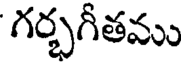
గర్భగీతము